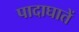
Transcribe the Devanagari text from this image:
पादाघातें